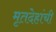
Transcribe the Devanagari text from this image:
मृतदेहांची